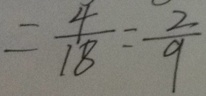
= \frac { 4 } { 1 8 } = \frac { 2 } { 9 }